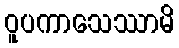
ဝူပကာသေဿာမိ